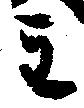
主